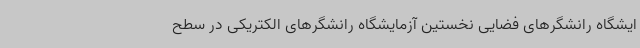
ایشگاه رانشگرهای فضایی نخستین آزمایشگاه رانشگرهای الکتریکی در سطح